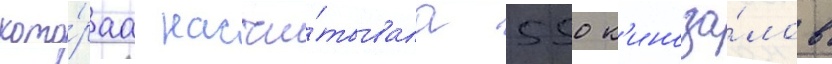
кото́раа насчи́тывала 550 к'иноза́лов